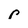
Character: p